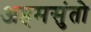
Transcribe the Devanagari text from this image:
अहमसुंतो